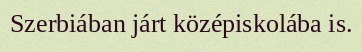
Szerbiában járt középiskolába is.